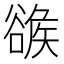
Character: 𧯂